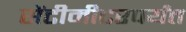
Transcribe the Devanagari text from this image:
सेंटीमीटरपर्यंत